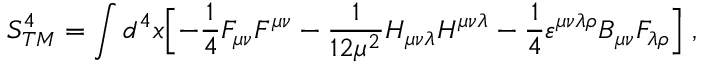
S _ { T M } ^ { 4 } = \int d ^ { 4 } x \Bigl [ - { \frac { 1 } { 4 } } F _ { \mu \nu } F ^ { \mu \nu } - { \frac { 1 } { 1 2 \mu ^ { 2 } } } H _ { \mu \nu \lambda } H ^ { \mu \nu \lambda } - { \frac { 1 } { 4 } } \varepsilon ^ { \mu \nu \lambda \rho } B _ { \mu \nu } F _ { \lambda \rho } \Bigl ] \; ,